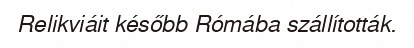
Relikviáit később Rómába szállították.